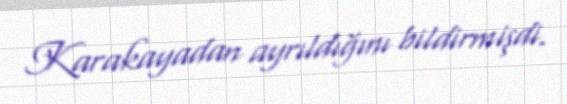
Karakayadan ayrıldığını bildirmişdi.